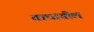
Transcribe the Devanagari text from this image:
वाघातील